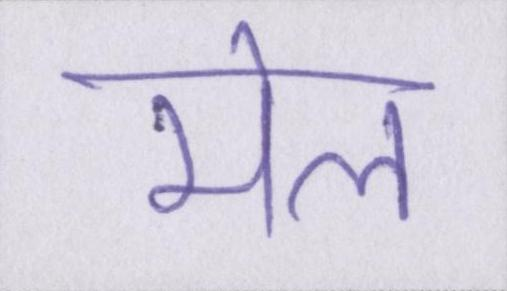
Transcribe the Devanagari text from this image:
मेल